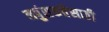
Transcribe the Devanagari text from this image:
नपुंसकतेसाठी